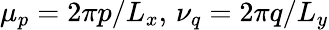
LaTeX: \mu_{p}=2\pi p/L_{x},\, \nu_{q}=2\pi q/L_{y}